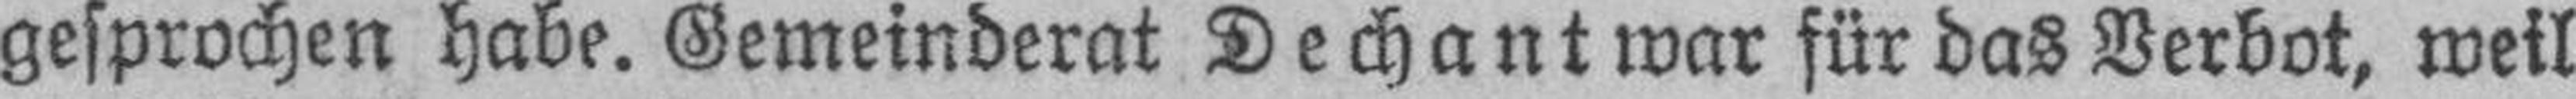
gesprochen habe. Gemeinderat Dechant war für das Verbot, weil